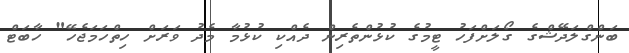
ބަންގްލަދޭޝްގެ ގޯލަށްފަހު ޓީމުގެ ކުޅުންތެރިން ދެއްކި ކުޅުމާ މެދު ވަރަށް ހިތްހަމަޖެހޭ" ހާބަޓް